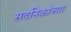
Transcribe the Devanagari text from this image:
सदनिकांच्या